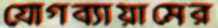
যোগব্যায়ামের